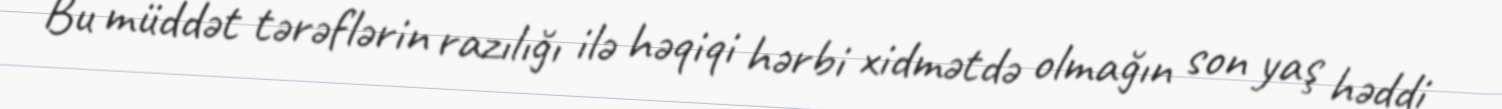
Bu müddət tərəflərin razılığı ilə həqiqi hərbi xidmətdə olmağın son yaş həddi